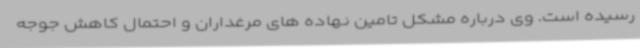
رسیده است. وی درباره مشکل تامین نهاده های مرغداران و احتمال کاهش جوجه